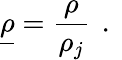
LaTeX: \underline{{\rho}}=\frac{\rho}{\rho_{j}}\, \mathrm{~.~}